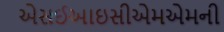
એસઈઆઇસીએમએમની